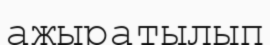
ажыратылып